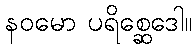
နဝမော ပရိစ္ဆေဒေါ။